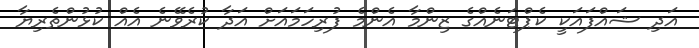
އަދި ޝައްފައަކީ ކެޕްޓަނެއްގެ ޒިންމާ އެންމެ ފުރިހަމައަށް އަދާ ކުރެވޭނެ އެއް ކުޅުންތެރިޔާ